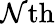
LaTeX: \mathcal{N}\mathrm{{th}}